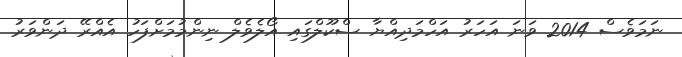
ނަމަވެސް 2014 ވަނަ އަހަރު އަހްމަދިއްޔާ ސްކޫލްގައި އޯލެވެލް ނިންމުމަށްފަހު އެއްރޭ ދަންވަރު